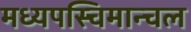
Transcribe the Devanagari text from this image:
मध्यपस्चिमान्चल